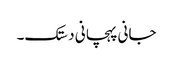
جانی پہچانی دستک۔